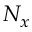
N _ { x }